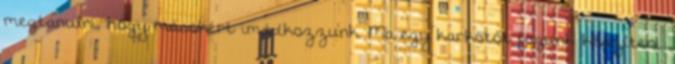
megtanulni, hogy másokért imádkozzunk. Ma egy karkötőt fogunk készíteni.